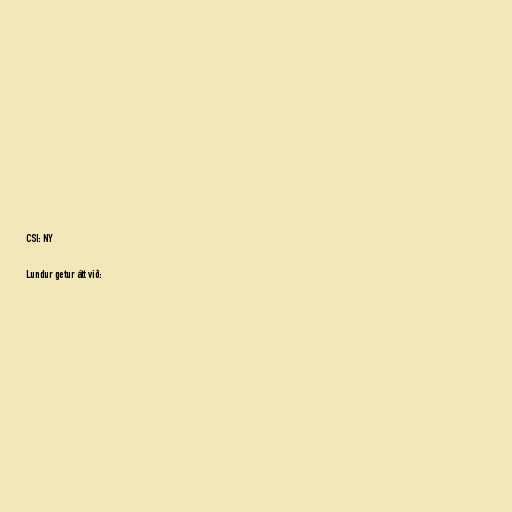
CSI: NY

Lundur getur átt við: